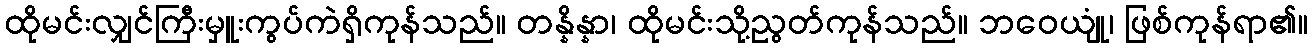
ထိုမင်းလျှင်ကြီးမှူးကွပ်ကဲရှိကုန်သည်။ တန္နိန္နာ၊ ထိုမင်းသို့ညွတ်ကုန်သည်။ ဘဝေယျုံ၊ ဖြစ်ကုန်ရာ၏။